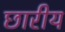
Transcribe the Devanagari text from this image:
छारीय